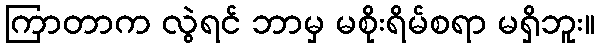
ကြာတာက လွဲရင် ဘာမှ မစိုးရိမ်စရာ မရှိဘူး။